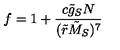
f = 1 + { \frac { c \tilde { g } _ { S } N } { ( \tilde { r } \tilde { M } _ { S } ) ^ { 7 } } }